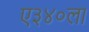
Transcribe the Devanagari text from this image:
ए३४०ला